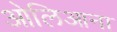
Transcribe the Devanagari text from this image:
ओलिआना